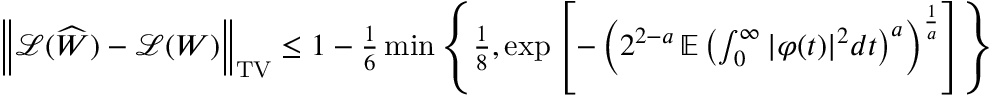
\begin{array} { r } { \left\| \mathcal { L } ( \widehat { W } ) - \mathcal { L } ( W ) \right\| _ { \mathrm { T V } } \leq 1 - \frac { 1 } { 6 } \operatorname* { m i n } \left\{ \frac { 1 } { 8 } , \exp \left[ - \left( 2 ^ { 2 - a } \, \mathbb { E } \left( \int _ { 0 } ^ { \infty } | \varphi ( t ) | ^ { 2 } d t \right) ^ { a } \right) ^ { \frac { 1 } { a } } \right] \right\} } \end{array}